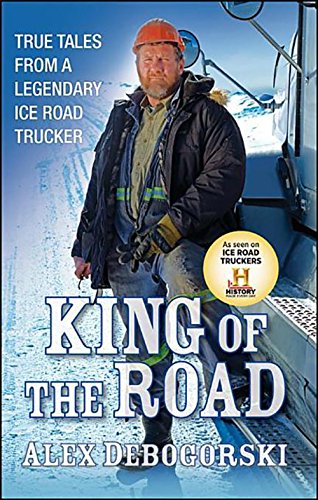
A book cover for King of the Road: True Tales from a Legendary Ice Road Trucker; Alex Debogorski; Business & Money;